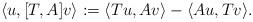
LaTeX: \begin{align*}\langle u , [T,A] v \rangle := \langle Tu,Av \rangle - \langle Au , Tv \rangle.\end{align*}